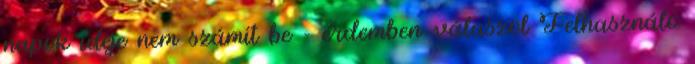
napok ideje nem számít be - érdemben válaszol Felhasználó